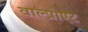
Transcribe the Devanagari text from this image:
वाल्प्रोएट